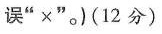
误"×".)(12 分)